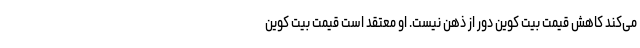
می‌کند کاهش قیمت بیت کوین دور از ذهن نیست. او معتقد است قیمت بیت کوین